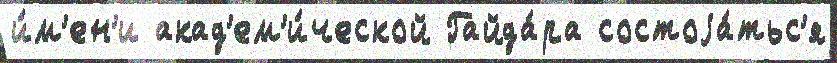
и́м'ен'и акад'ем'и́ческой Гайда́ра состоjа́тьс'я